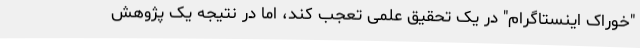
"خوراک اینستاگرام" در یک تحقیق علمی تعجب کند، اما در نتیجه یک پژوهش